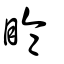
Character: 睔